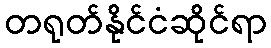
တရုတ်နိုင်ငံဆိုင်ရာ